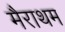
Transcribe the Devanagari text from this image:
मैराथम